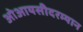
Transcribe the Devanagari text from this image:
ओआयसीदरम्यान